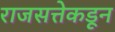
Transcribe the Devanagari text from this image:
राजसत्तेकडून